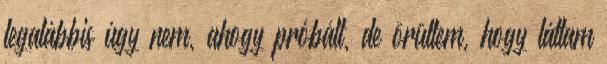
legalábbis úgy nem, ahogy próbált, de örültem, hogy láttam